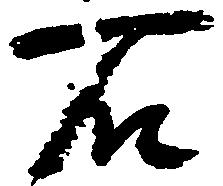
石